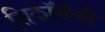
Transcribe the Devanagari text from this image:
सिकॉर्सकी